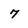
Character: 7